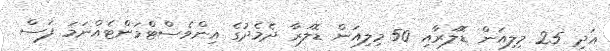
އަދި 25 މިލިއަން ޑޮލަރާއި 50 މިލިއަން ޑޮލަރާ ދެމެދުގެ އިންވެސްޓްމަންޓެއްނަމަ ފަސް